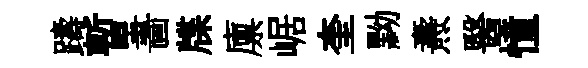
躊暫畵牒廪崌奎黝燾醫憧